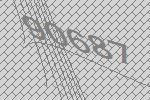
90687